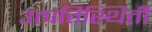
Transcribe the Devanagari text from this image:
उत्पत्तिस्थिती